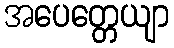
အပေတ္တေယျာ